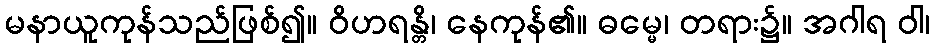
မနာယူကုန်သည်ဖြစ်၍။ ဝိဟရန္တိ၊ နေကုန်၏။ ဓမ္မေ၊ တရား၌။ အဂါရ ဝါ၊